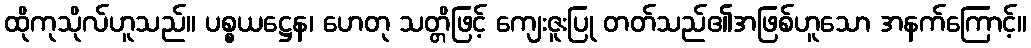
ထိုကုသိုလ်ဟူသည်။ ပစ္စယဋ္ဌေန၊ ဟေတု သတ္တိဖြင့် ကျေးဇူးပြု တတ်သည်၏အဖြစ်ဟူသော အနက်ကြောင့်။